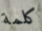
كلمة